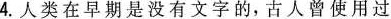
4.人类在早期是没有文字的，古人曾使用过